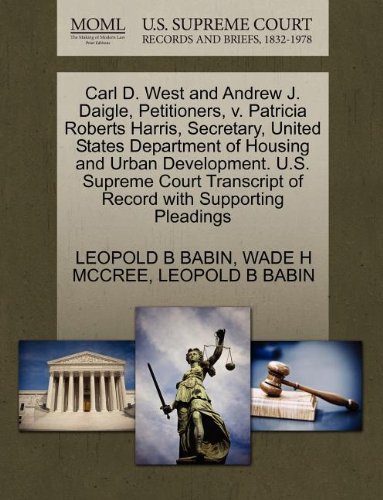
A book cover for Carl D. West and Andrew J. Daigle, Petitioners, v. Patricia Roberts Harris, Secretary, United States Department of Housing and Urban Development. U.S. ... of Record with Supporting Pleadings; LEOPOLD B BABIN; Law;